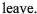
leave.